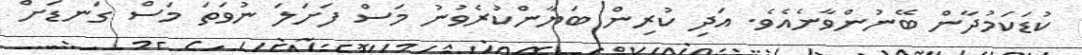
ކުޑަކަމުދާން ބޭނުންވާނެއެވެ. އަދި ކުރިން ބަޔާންކުރެވުނު މަސް ފަށަލަ ނުވަތަ މަސް ގަނޑަށް